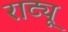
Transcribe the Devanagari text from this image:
राट्यू